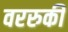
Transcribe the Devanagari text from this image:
वररुकी